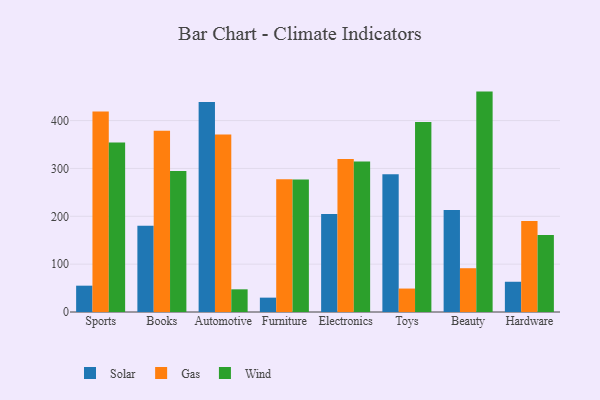
{"axis": {"x": "Category", "y": "Shipments"}, "legend": ["Gas", "Solar", "Wind"], "data": [{"x": "Sports", "y": 55.0, "type": "Solar"}, {"x": "Sports", "y": 418.9, "type": "Gas"}, {"x": "Sports", "y": 354.1, "type": "Wind"}, {"x": "Books", "y": 180.0, "type": "Solar"}, {"x": "Books", "y": 378.9, "type": "Gas"}, {"x": "Books", "y": 294.7, "type": "Wind"}, {"x": "Automotive", "y": 438.8, "type": "Solar"}, {"x": "Automotive", "y": 371.0, "type": "Gas"}, {"x": "Automotive", "y": 47.4, "type": "Wind"}, {"x": "Furniture", "y": 30.0, "type": "Solar"}, {"x": "Furniture", "y": 277.6, "type": "Gas"}, {"x": "Furniture", "y": 276.9, "type": "Wind"}, {"x": "Electronics", "y": 204.7, "type": "Solar"}, {"x": "Electronics", "y": 319.9, "type": "Gas"}, {"x": "Electronics", "y": 314.6, "type": "Wind"}, {"x": "Toys", "y": 287.9, "type": "Solar"}, {"x": "Toys", "y": 49.0, "type": "Gas"}, {"x": "Toys", "y": 397.3, "type": "Wind"}, {"x": "Beauty", "y": 213.4, "type": "Solar"}, {"x": "Beauty", "y": 91.5, "type": "Gas"}, {"x": "Beauty", "y": 460.6, "type": "Wind"}, {"x": "Hardware", "y": 63.2, "type": "Solar"}, {"x": "Hardware", "y": 190.3, "type": "Gas"}, {"x": "Hardware", "y": 160.9, "type": "Wind"}]}